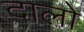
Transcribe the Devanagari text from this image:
दालो